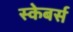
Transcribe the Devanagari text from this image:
स्केबर्स